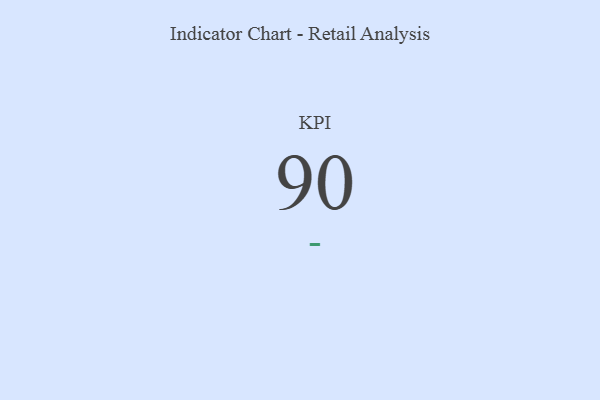
{"axis": {"x": "KPI", "y": "Value"}, "legend": [""], "data": [{"x": "KPI", "y": 90, "type": ""}]}